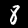
Digit: 8